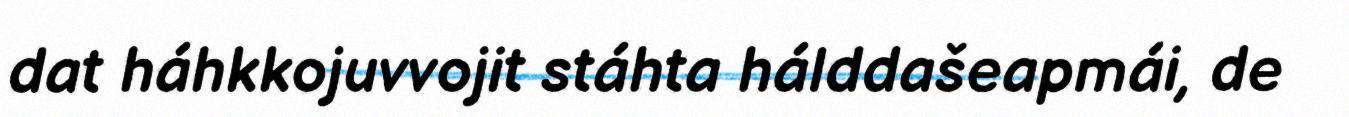
dat háhkkojuvvojit stáhta hálddašeapmái, de